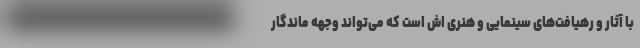
با آثار و رهیافت‌های سینمایی و هنری اش است که می‌تواند وجهه ماندگار